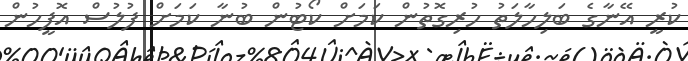
ކުރީ އޭނާގެ ބަލިހާލަތު ހުރިގޮތުން ކަމަށް ކޯޓުން ބުނާ ކަމަށް ފުލުސް އޮފީހުން